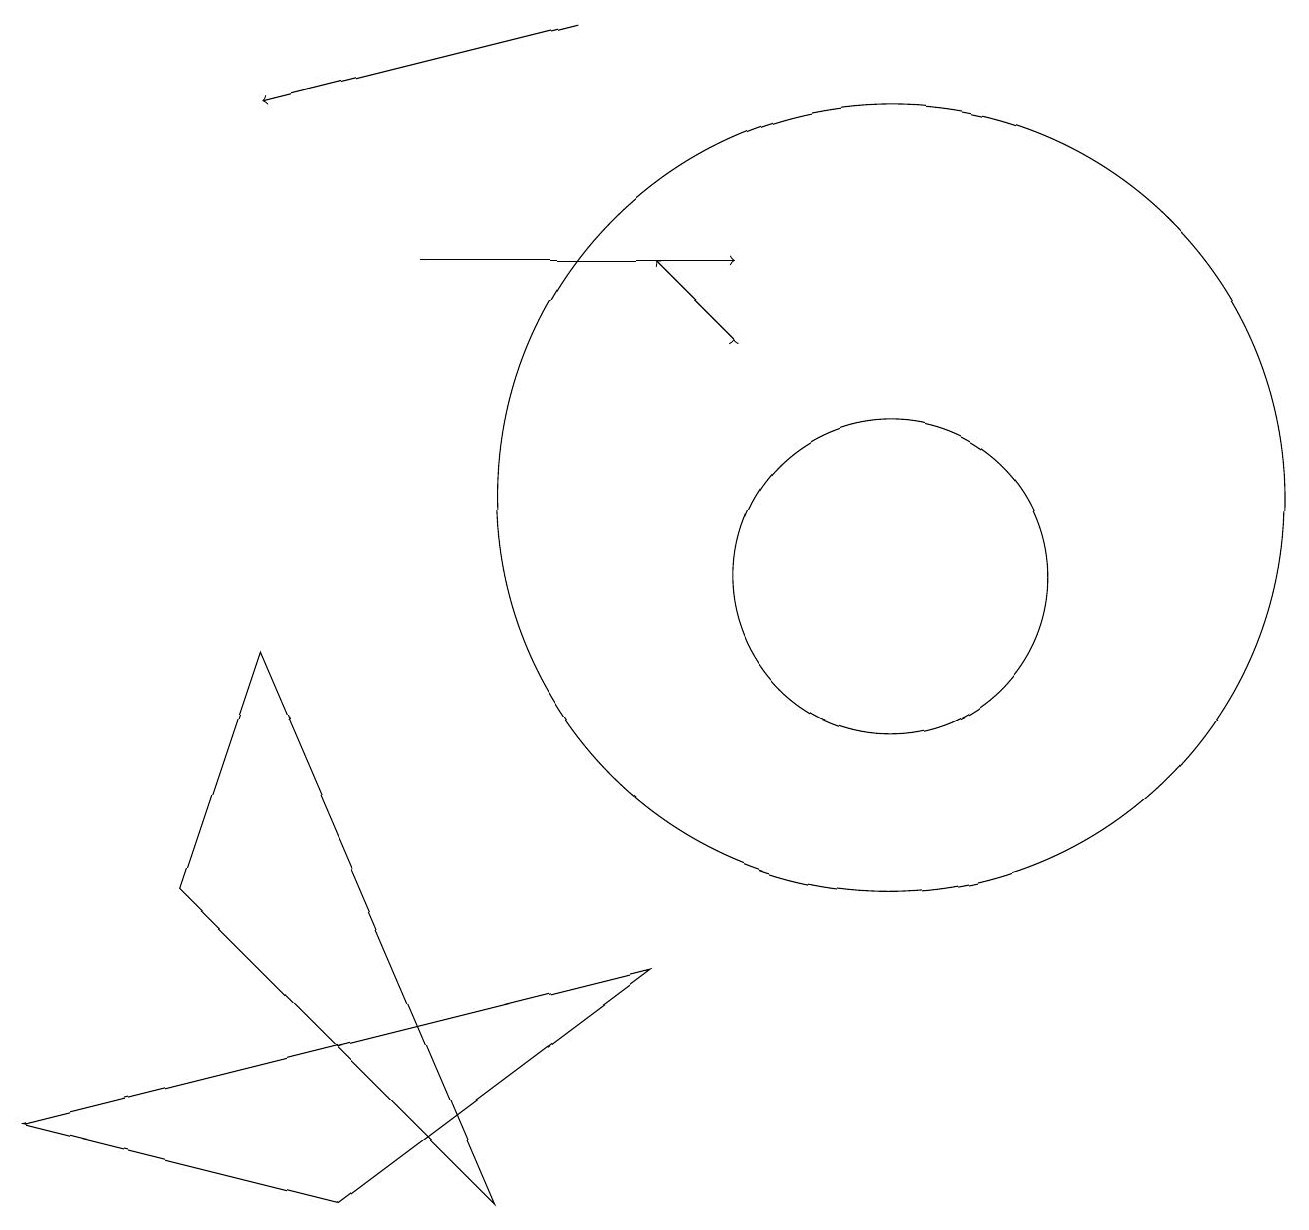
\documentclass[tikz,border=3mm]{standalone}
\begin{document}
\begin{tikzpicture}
\draw (3,9) -- (6,2) -- (2,6) -- cycle;
\draw (8,5) -- (0,3) -- (4,2) -- cycle;
\draw (11,10) circle (2);
\draw[->] (9,13) -- (8,14);
\draw (11,11) circle (5);
\draw[->] (9,13) -- (9,13);
\draw[->] (5,14) -- (9,14);
\draw[->] (7,17) -- (3,16);
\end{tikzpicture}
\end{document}